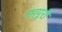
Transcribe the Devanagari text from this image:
रमपुरी